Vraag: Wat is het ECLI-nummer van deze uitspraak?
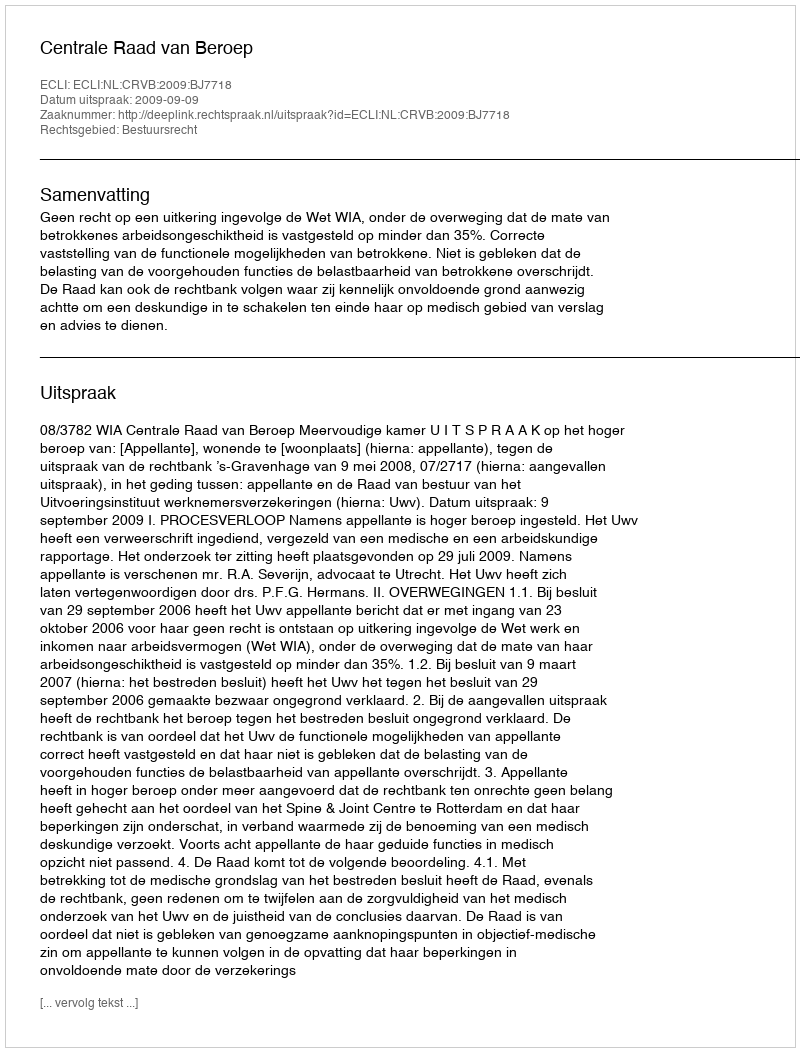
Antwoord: ECLI:NL:CRVB:2009:BJ7718